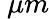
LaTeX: ~\mu m